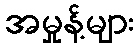
အမှုန့်များ